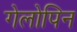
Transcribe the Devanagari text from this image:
गेलोपिन